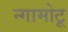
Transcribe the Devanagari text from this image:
न्गामोटू